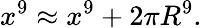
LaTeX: x^{9}\approx x^{9}+2\pi R^{9}.